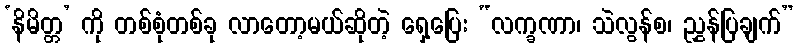
‘နိမိတ္တ’ ကို တစ်စုံတစ်ခု လာတော့မယ်ဆိုတဲ့ ရှေ့ပြေး “လက္ခဏာ၊ သဲလွန်စ၊ ညွှန်ပြချက်”